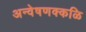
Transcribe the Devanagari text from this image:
अन्वेषणक्कळि